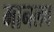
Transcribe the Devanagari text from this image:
मानलव